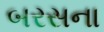
બરસના